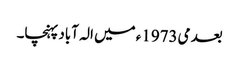
بعد می1973ء میں الہ آباد پہنچا۔